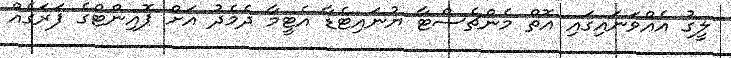
ލީގު އެއްވަނައިގައި އޮތް މެންޗެސްޓާ ޔުނައިޓެޑާ އެޓީމާ ދެމެދު އަށް ޕޮއިންޓްގެ ފަރަގެއް